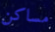
مساكن